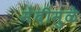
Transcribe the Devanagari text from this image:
मेंदीमुळे